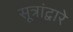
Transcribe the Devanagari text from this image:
सूत्रांद्वारे